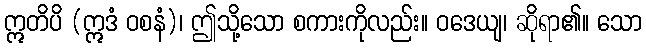
ဣတိပိ (ဣဒံ ဝစနံ)၊ ဤသို့သော စကားကိုလည်း။ ဝဒေယျ၊ ဆိုရာ၏။ သော